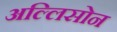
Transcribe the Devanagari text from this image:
अल्लिसोन